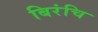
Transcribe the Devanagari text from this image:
बिरंचि